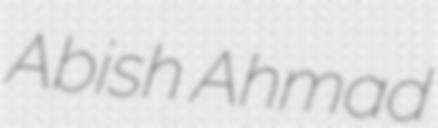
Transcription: Abish Ahmad